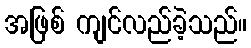
အဖြစ် ကျင်လည်ခဲ့သည်။